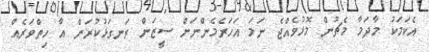
އެކަމަކު މާދަމާ މެޗުން މޮޅުވެއްޖެ ނަމަ އަހަރެމެންނަށް ސީޒަން ރަނގަޅުކުރަން އާ ހިތްވަރެއް